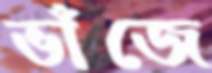
ভাঁজে